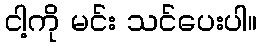
ငါ့ကို မင်း သင်ပေးပါ။